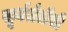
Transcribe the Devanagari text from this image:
सूर्यशेतीची